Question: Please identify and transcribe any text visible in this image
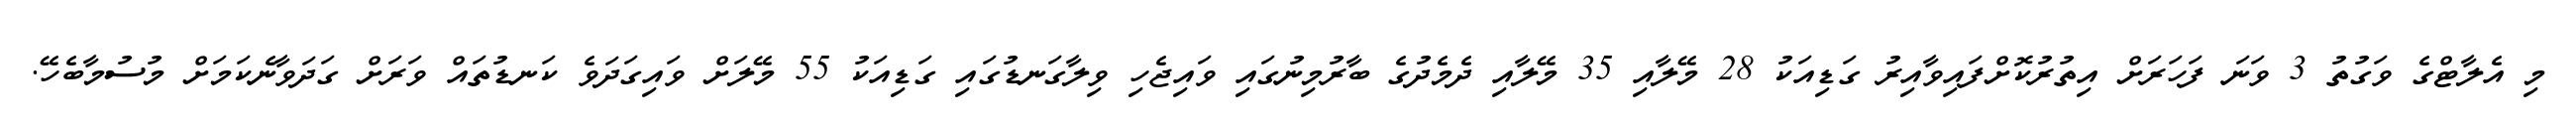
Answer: މި އެލާޓްގެ ވަގުތު 3 ވަނަ ފަހަރަށް އިތުރުކޮށްފައިވާއިރު ގަޑިއަކު 28 މޭލާއި 35 މޭލާއި ދެމެދުގެ ބާރުމިނުގައި ވައިޖެހި ވިލާގަނޑުގައި ގަޑިއަކު 55 މޭލަށް ވައިގަދަވެ ކަނޑުތައް ވަރަށް ގަދަވާނެކަމަށް މުސުމާބެހޭ.